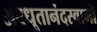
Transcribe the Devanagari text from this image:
अवधूतानंदस्वामी